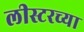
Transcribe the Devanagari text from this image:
लीस्टरच्या